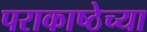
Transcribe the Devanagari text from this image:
पराकाष्ठेच्या